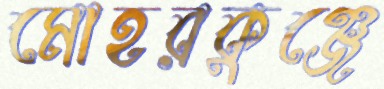
মোহরকুঞ্জে